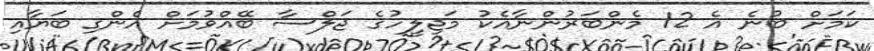
ކަމަށް ބުނެ އެ 12 މެންބަރުންނާއެކު މަޖިލީހުގެ ޖަލްސާ ބޭއްވުމަށް އެންގި ބަޔާއި